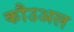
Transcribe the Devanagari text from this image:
कौउअल